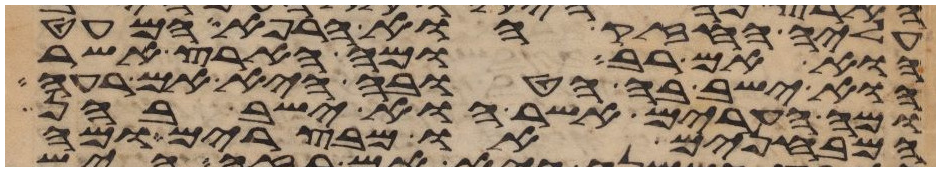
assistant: עליה החזק או הרפא המעט
הוא אם רב ומה הארץ אשר
הוא ישב בה הטובה היא אם רעה
ומה הערים אשר הוא ישב בהן
המבחנים או מבצרים ומה